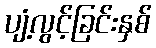
ပျံ့လွင့်ခြင်းနှစ်